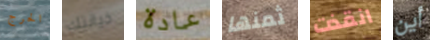
الحرج خيانتك عادة ثمنها انقذت أين